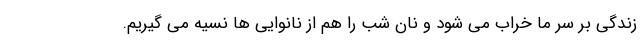
زندگی بر سر ما خراب می شود و نان شب را هم از نانوایی ها نسیه مي گيريم.